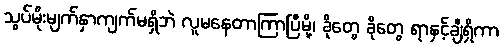
သွပ်မိုးမျက်နှာကျက်မရှိဘဲ လူမနေတာကြာပြီမို့၊ ခိုတွေ ခိုတွေ ရာနှင့်ချီရှိကာ